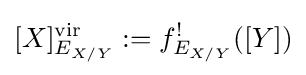
[X]_{E_{X/Y}}^{\text{vir}}:=f_{E_{X/Y}}^{!}([Y])